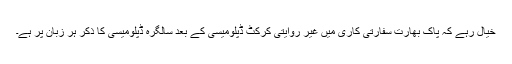
خیال رہے کہ پاک بھارت سفارتی کاری میں غیر روایتی کرکٹ ڈپلومیسی کے بعد سالگرہ ڈپلومیسی کا ذکر ہر زبان پر ہے۔